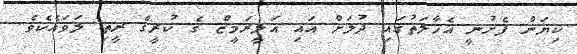
ކިޔަން ފެށުނީ އެހާލަތުގައި ދުލަށް އައި އަލީރަމީޒް ގެ ކުރީގެ ރީތި ލަވައެކެވެ.